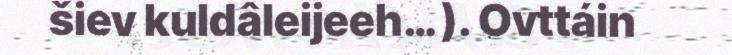
šiev kuldâleijeeh… ). Ovttáin